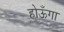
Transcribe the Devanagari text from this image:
होऊँगा